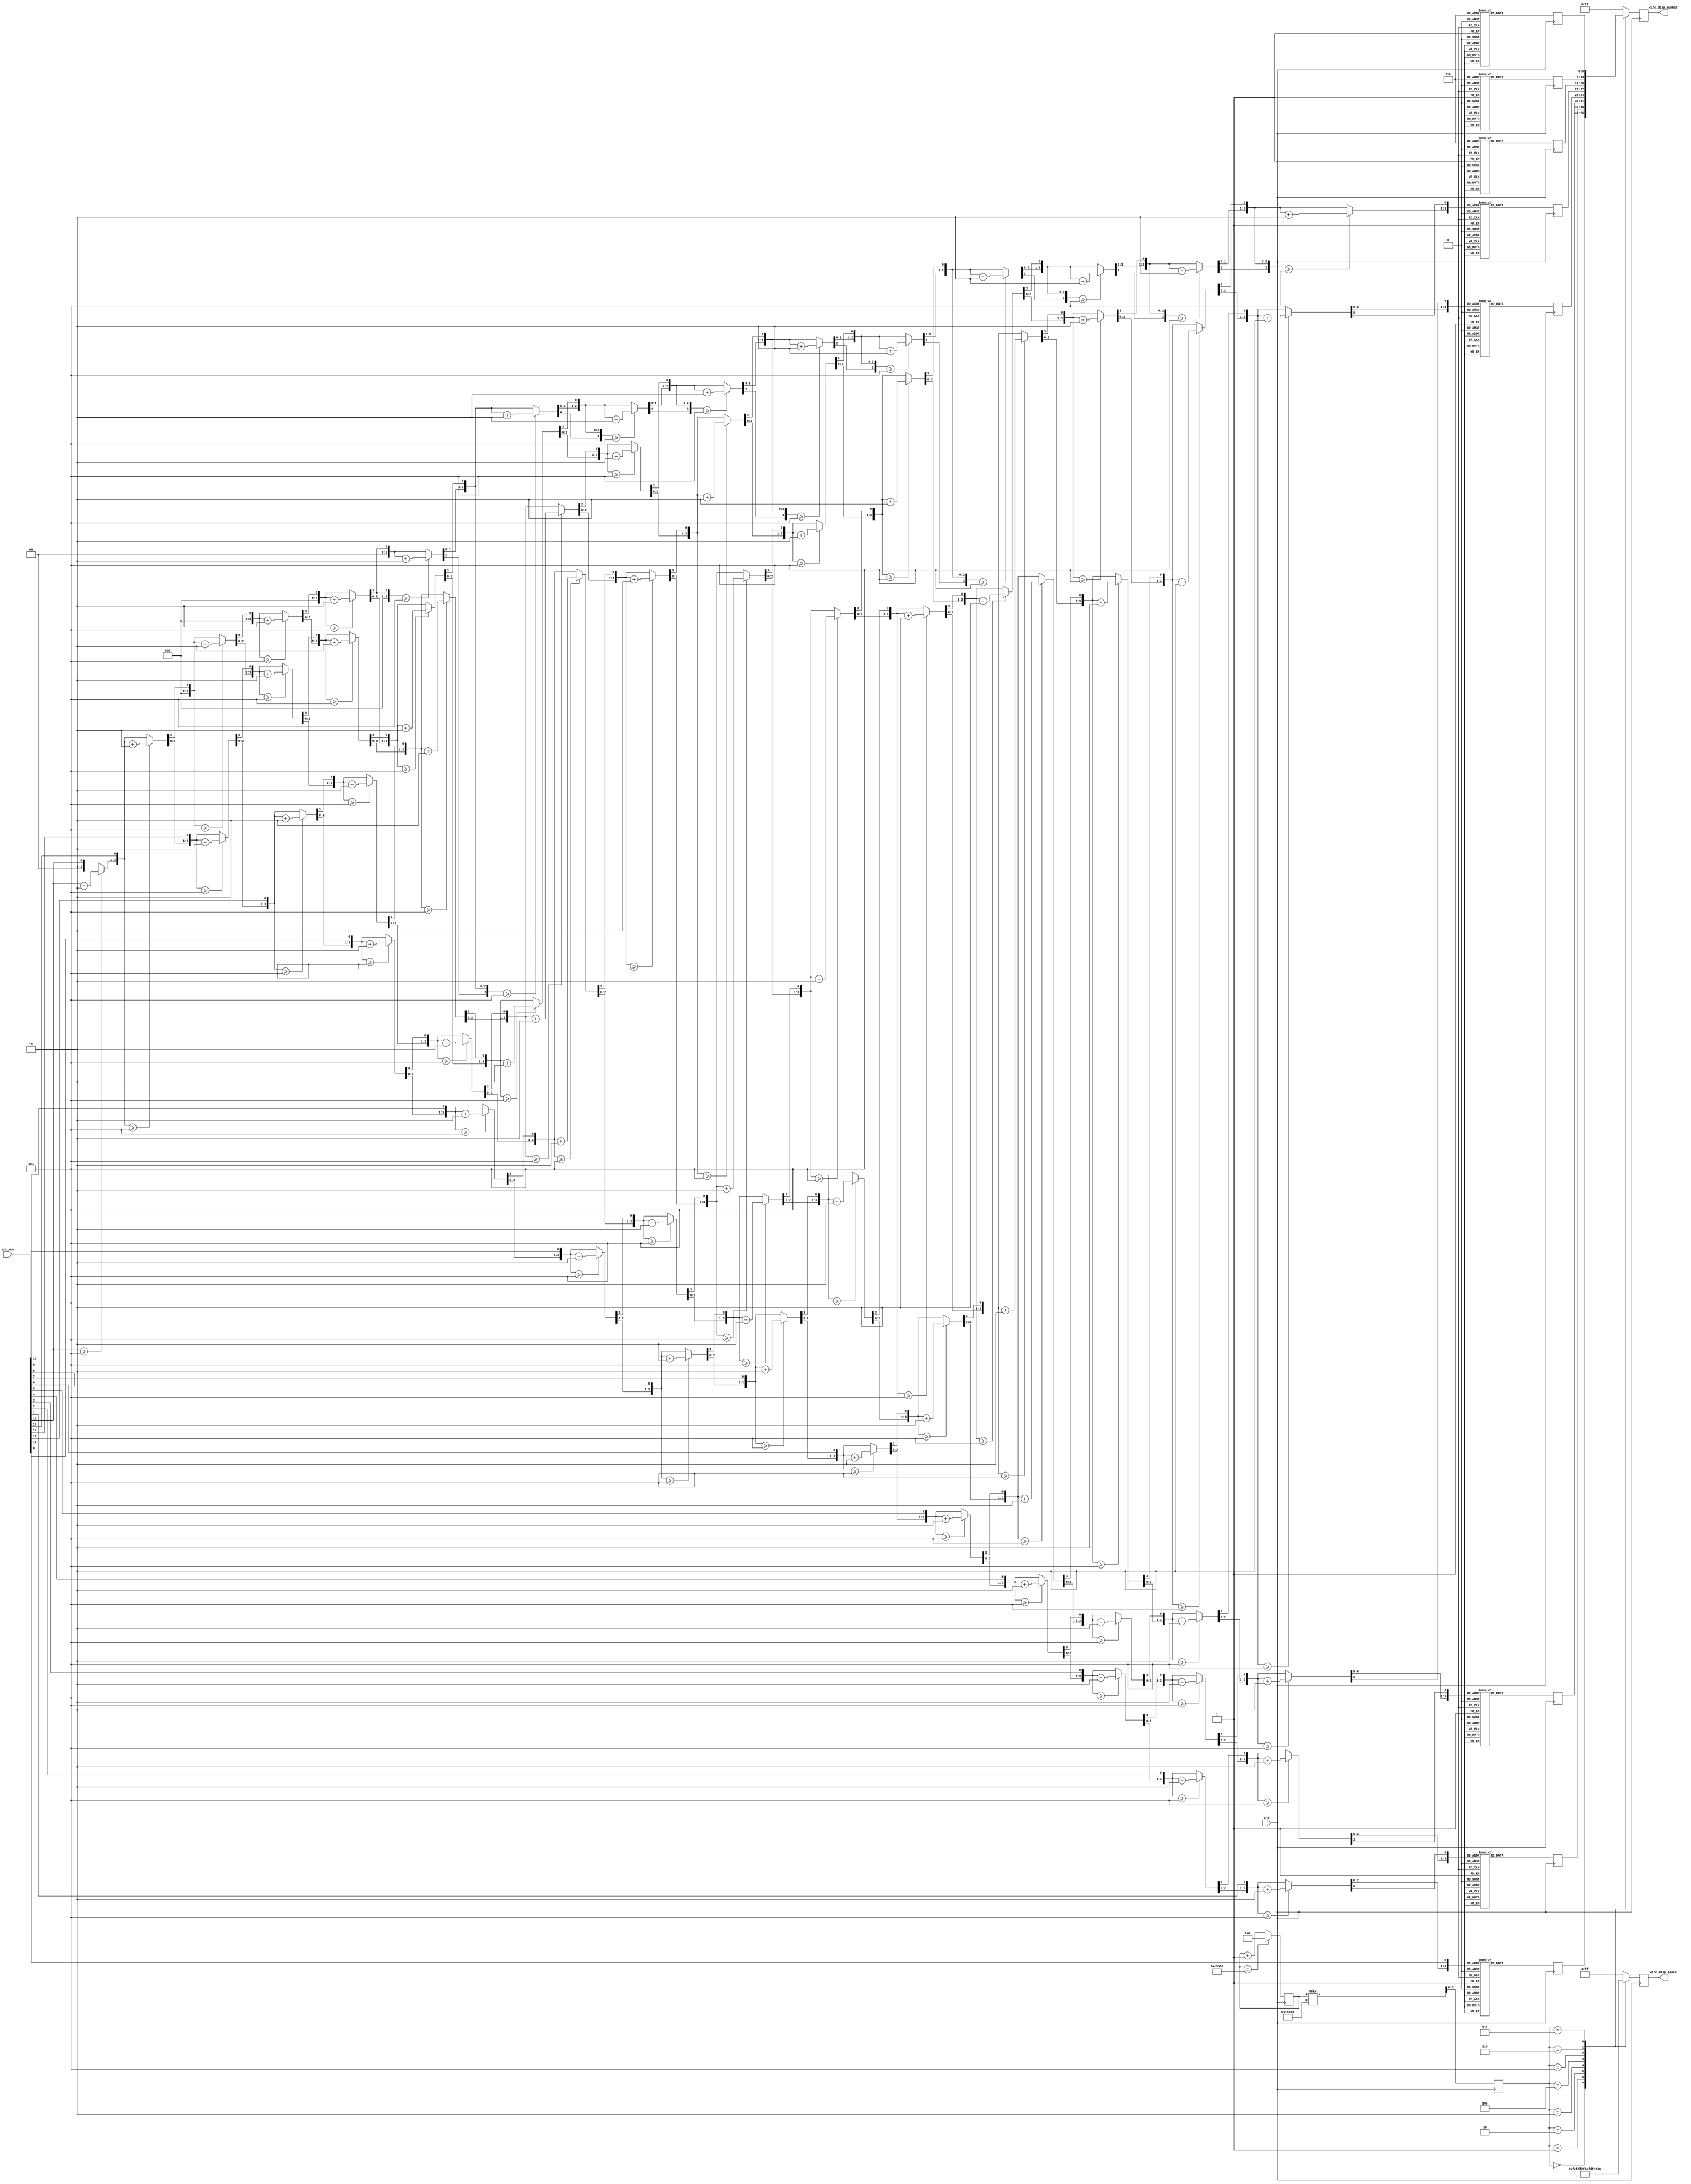
module display(
    //input [0:7] display_place,
    //input [31:0] all_number, //4BCD
    input [15:0] acc_num,
    input clk,
    output  [7:0] wire_disp_place,
    output  [6:0] wire_disp_number
);
    
    //  ACC->BCD
    integer k;
    reg [3:0] ten_thousands = 4'd0;
    reg [3:0]  thousands = 4'd0;
    reg [3:0]  hundreds = 4'd0;
    reg  [3:0] tens = 4'd0;
    reg  [3:0] ones = 4'd0;
    always @(acc_num)
    begin
        // set all regs to 0;
        ten_thousands = 4'd0;
        thousands = 4'd0;
        hundreds = 4'd0;
        tens = 4'd0;
        ones = 4'd0;
        for (k=15;k>=0;k=k-1)
        begin
            if(ten_thousands >= 5)
                ten_thousands = ten_thousands + 3;
             if(thousands >= 5)
                 thousands = thousands + 3;
            if(hundreds >= 5)
                  hundreds = hundreds + 3;
            if(tens >= 5)
                   tens = tens + 3;
            if(ones >= 5)
                   ones = ones + 3;
                   
              ten_thousands = ten_thousands<<1;
              ten_thousands[0] = thousands[3];
              thousands = thousands<<1;
              thousands[0] = hundreds[3];
              hundreds = hundreds <<1;
              hundreds[0] = tens[3]; 
              tens = tens<<1;
              tens[0] = ones[3];
              ones = ones<<1;
              ones[0] = acc_num[k];                                                                                  
        end
    end
    wire [31:0] all_number;
    assign all_number = {12'h000,ten_thousands,thousands,hundreds,tens,ones};
    
    reg [7:0] disp_place;
    assign wire_disp_place = disp_place;
    reg [6:0] disp_number;
    assign wire_disp_number = disp_number;
    reg [19:0] times;  
    reg [3:0] n;
    (*dont_touch = "true" *) reg [6:0] number[7:0];
    initial times = 0; 
    
    reg [19:0] count = 19'b0;
     reg  clk_1k = 1'b0;
     //1K
     always @ (posedge clk)  
         begin  
             if(count == 100000)  
                 begin
                     count <= 19'b0;
                     clk_1k <= ~clk_1k;
                 end
             else 
                 count <= count + 19'b1;
         end
     
    
   // reg [31:0] all_number=32'h12345678; //4BCD
    always @ (posedge clk)  
        begin  
            if(times == 800000)  
                times = 20'b0;
            else 
                times = times + 20'b1;
        end
    
    reg [3:0] i;
    reg [3:0] temp;
   always @ (posedge clk)
        begin
            for(i=0;i<8;i=i+1)
            begin
                case(i)
                    0: temp = all_number[3:0];
                    1: temp = all_number[7:4];
                    2: temp = all_number[11:8];
                    3: temp = all_number[15:12];
                    4: temp = all_number[19:16];
                    5: temp = all_number[23:20];
                    6: temp = all_number[27:24];
                    7: temp = all_number[31:28];                    
                endcase
                case(temp)
                    4'b0000: number[i] <= 7'b1000000; //0
                    4'b0001: number[i] <= 7'b1111001  ;
                    4'b0010: number[i] <= 7'b0100100  ;
                    4'b0011: number[i] <= 7'b0110000  ;
                    4'b0100: number[i] <= 7'b0011001  ; //4
                    4'b0101: number[i] <= 7'b0010010  ;
                    4'b0110: number[i] <= 7'b0000010  ;
                    4'b0111: number[i] <= 7'b1111000  ; 
                    4'b1000: number[i] <= 7'b0000000  ;
                    4'b1001: number[i] <= 7'b0010000  ; //9
                    default: number[i] <= 7'b111_1111; //                                       
                endcase 
            end
        end
        
        
    always@ (posedge clk)  
        begin
             n <= times / 100000;
            case(n)
                3'b000: 
                    begin
                        disp_place<=8'b1111_1110;
                        disp_number <= number[0]; //0
                    end
                3'b001: 
                    begin
                        disp_place<=8'b1111_1101;
                        disp_number <= number[1]; //0
                    end
                3'b010:
                    begin 
                        disp_place<=8'b1111_1011;
                        disp_number <= number[2]; //0
                    end
                3'b011: 
                    begin 
                        disp_place<=8'b1111_0111;
                        disp_number <= number[3]; //0
                    end
                3'b100: 
                    begin 
                        disp_place<=8'b1110_1111;
                        disp_number <= number[4]; //0
                     end
                3'b101: 
                     begin 
                        disp_place<=8'b1101_1111;
                        disp_number <= number[5]; //0
                     end               
                3'b110: 
                     begin 
                        disp_place<=8'b1011_1111;
                        disp_number <= number[6]; //0
                     end                   
                3'b111: 
                      begin 
                        disp_place<=8'b0111_1111;
                        disp_number <= number[7]; //0
                      end   
                 default:
                    begin
                        disp_place<=8'b1111_1111;
                        disp_number<=7'b111_1111;   
                    end                 
            endcase
        end

endmodule